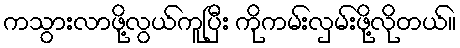
ကသွားလာဖို့လွယ်ကူပြီး ကိုကမ်းလှမ်းဖို့လိုတယ်။